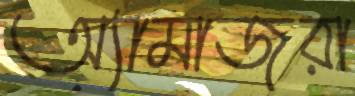
অ্যামাজুরা